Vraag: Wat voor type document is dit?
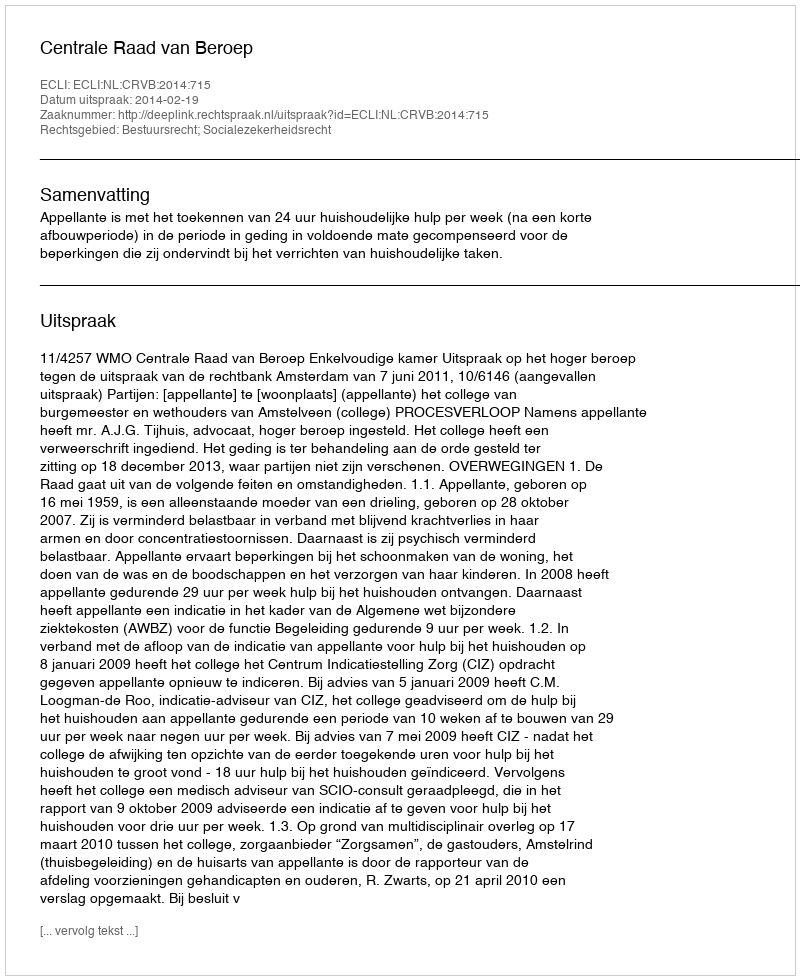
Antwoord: Uitspraak